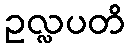
ဥလ္လပတိ